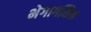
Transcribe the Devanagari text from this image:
भेगागशिश्न